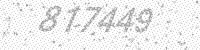
Solution: 817449